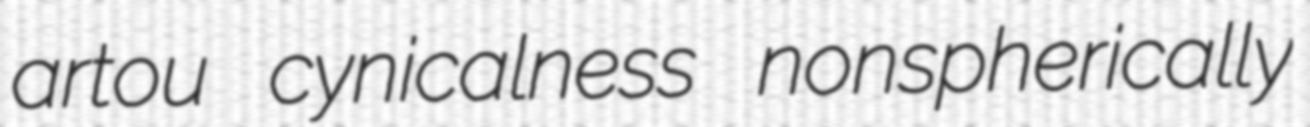
artou cynicalness nonspherically